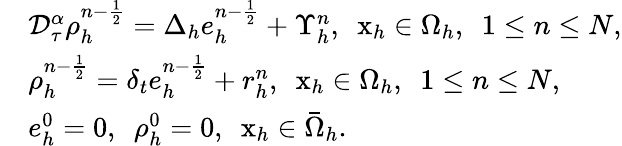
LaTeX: \begin{array}{rl}&{\mathcal{D}_{\tau}^{\alpha}\rho_{h}^{n-\frac{1}{2}}=\Delta_{h}e_{h}^{n-\frac{1}{2}}+\Upsilon_{h}^{n},~~\mathrm{x}_{h}\in\Omega_{h},~~1\le n\le N,}\\ &{\rho_{h}^{n-\frac{1}{2}}=\delta_{t}e_{h}^{n-\frac{1}{2}}+r_{h}^{n},~~\mathrm{x}_{h}\in\Omega_{h},~~1\le n\le N,}\\ &{e_{h}^{0}=0,~~\rho_{h}^{0}=0,~~\mathrm{x}_{h}\in\bar{\Omega}_{h}.}\end{array}